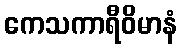
ကေသကာရီဝိမာနံ